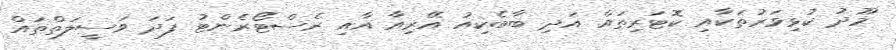
މޫދު ކުޅިވަރުތަކާއި ކޮޓަރިތައް އަދި ބާބެކިއު އޭރިއާ އާއި ރެސްޓޯރެންޓު ފަދަ ވަސީލަތްތައް